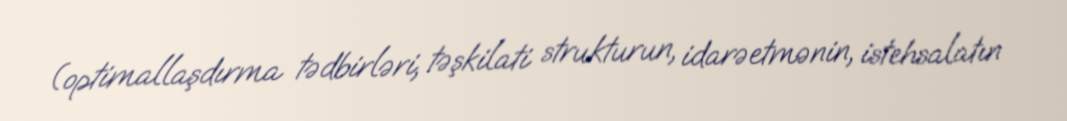
(optimallaşdırma tədbirləri, təşkilati strukturun, idarəetmənin, istehsalatın